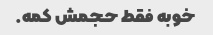
خوبه فقط حجمش کمه.